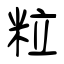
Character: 粒